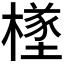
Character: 𪳸